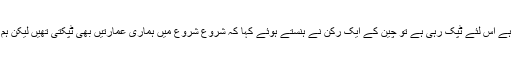
میزبان نے معذرت خواہانہ رویہ اختیار کرتے ہوئے کہا کہ عمارت ابھی نئی نئی بنی ہے اس لئے ٹپک رہی ہے تو چین کے ایک رکن نے ہنستے ہوئے کہا کہ شروع شروع میں ہماری عمارتیں بھی ٹپکتی تھیں لیکن ہم نے ایک ٹھیکیدار کو گولی ماردی اس کے بعد چھت نئی ہو یا پرانی کبھی نہیں ٹپکتی۔